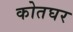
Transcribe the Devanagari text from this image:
कोतघर